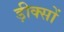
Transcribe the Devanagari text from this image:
ड़ीक्सों